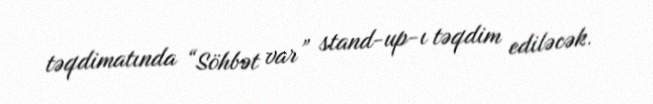
təqdimatında “Söhbət var” stand-up-ı təqdim ediləcək.